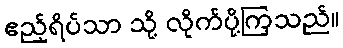
ဧည့်ရိပ်သာ သို့ လိုက်ပို့ကြသည်။